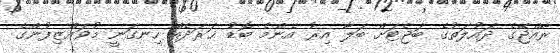
ރާއްޖޭގެ ދައުލަތުގެ ބަޖެޓަށް ބަލާ އިރު އެންމެ ބޮޑު ޚަރަދެއް ހިނގަނީ މުވައްޒިފުންގެ